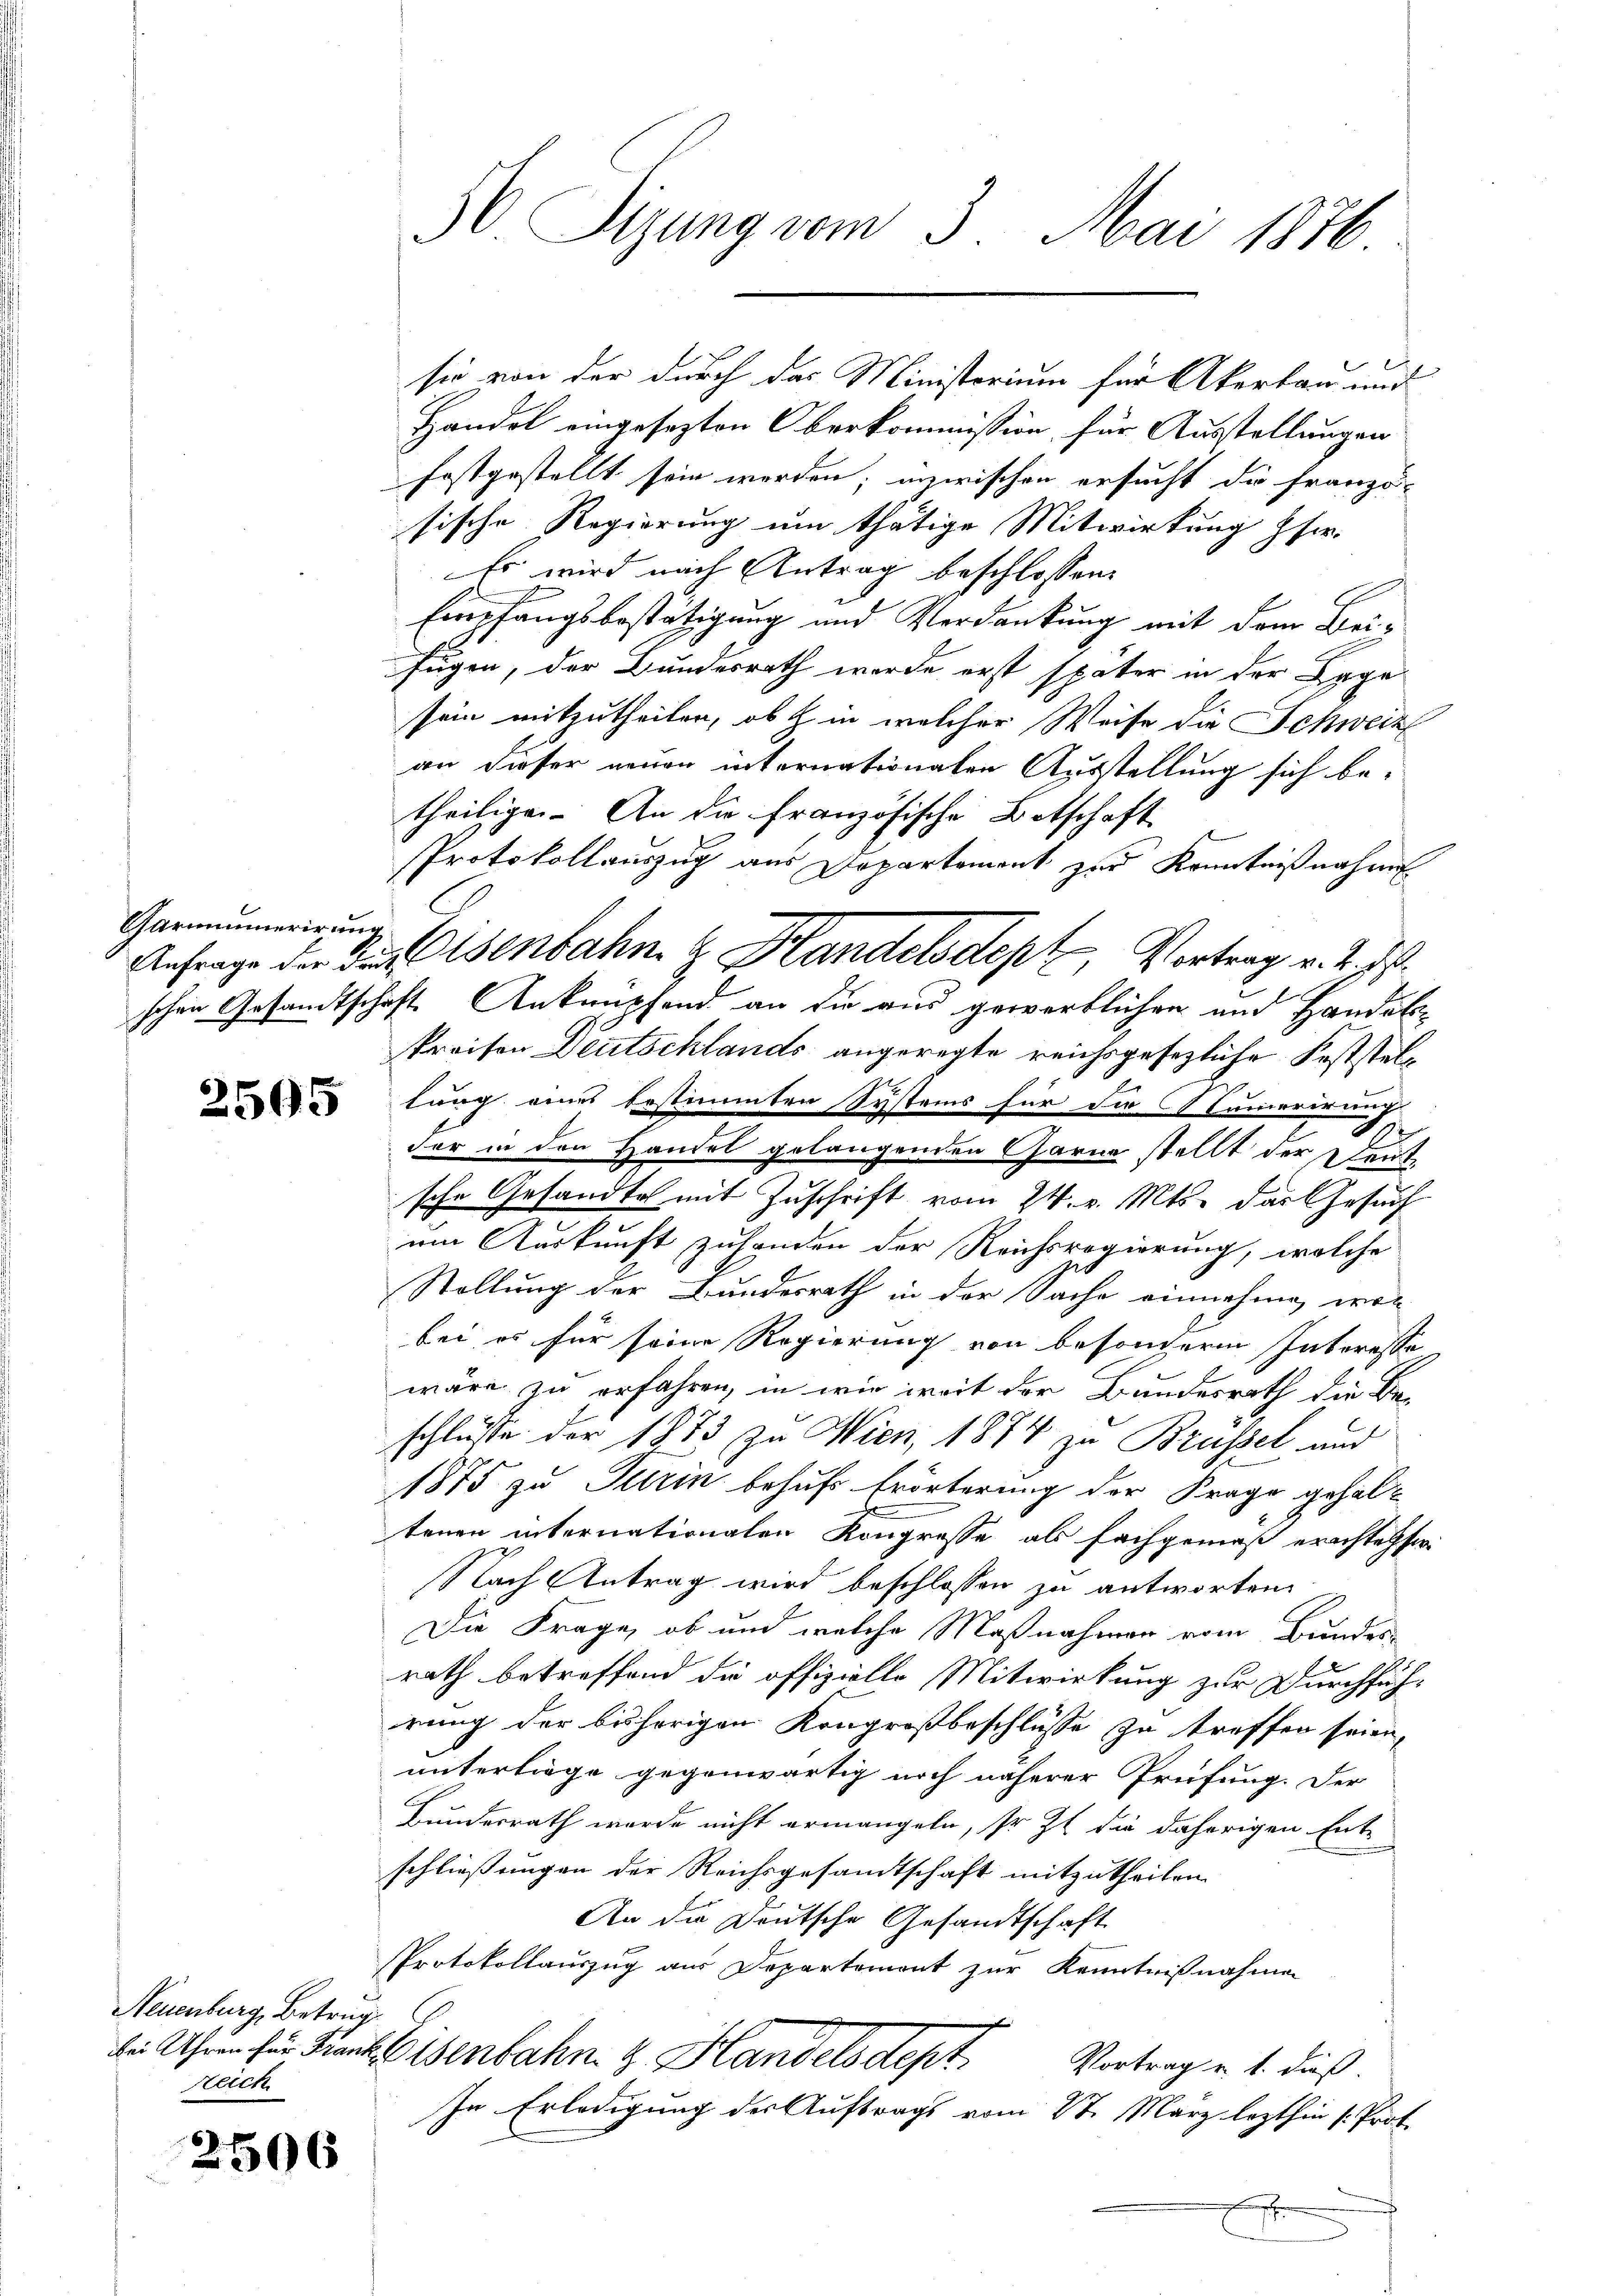
Garminerirung

2505

Neuenburg, Betrug
Reich

2506

Handel eingesezten Oberkommission, für Ausstellungen
festgestellt sein werden; inzwischen ersucht die Franzö-
sische Regierung um thätige Mitwirkung pfer-
Es wird nach Antrag beschlossen:
Empfangsbestätigung und Verdankung mit dem Beifügen, der Bundesrath wurde erst später in der Lage
sein mitzutheilen, ob in welcher Weise die Schweiz
an dieser neuen internationaten Ausstellung sich be-
theiligen. An die französische Botschaft
Protokollauszug aus Departement zur Kenntnißnahm
schen Gesandtschaft Ankampfend an die aus gewerblichen und Handelkreisen Deutschlands angeregte reichsgesezliche Feststellung eines bestimmten Systems für die Camerien
der in den Handel gelangenden Garne stellt der Deutsche Gesandte mit Zuschrift vom 24. v. Mts. das Gesuch
um Auskunft zu handen der Reichsregierung, welche
Stellung der Bundesrath in der Sache einnehme, wor
bei es für seine Regierung von besondern Interesse
wäre zu erfahren, in wie weit der Bundesrath die Be-
schlüsse der 1873 zu Wien, 1874 zu Brüssel, aus
1875 zu Turin behufs Erörterung der Frage gehaltenen internationalen Kongrosse als Fachgemäß erachtet se
Nach Antrag wird beschlossen zu antworten.
Die Frage, ob und welche Maßnahmen vom Bundes-
rath betreffend die offizielle Mitwirkung zur Durchführung der bisherigen Kongroßbeschlüsse zu treffen seien,
unterliege gegenwärtig noch näherer Prüfung. Der
Bundesrath wurde nicht ermangeln, so zu die daherigen Ent-
schließungen der Reichsgesandtschaft mitzutheilen.
An die Deutsche Gesandtschaft
PProtokollauszug aus Departement zur Kenntnißnahmen
die Uhren für Franz Eisenbahn & Handelsdept. Vortrag u. s. dieß.
In Erledigung des Auftrags vom 27. März lezthin (Prot.
h

50 Sizung vom 3. Mai 1876

sie von der durch das Ministorium für Akertan und

Anfrage der den Eisenbahn & Handelsdept, Vortrag v. J. J.